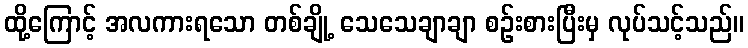
ထို့ကြောင့် အလကားရသော တစ်ချို့ သေသေချာချာ စဉ်းစားပြီးမှ လုပ်သင့်သည်။